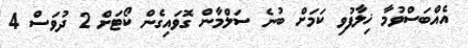
އެއްބަސްވުމާ ޚިލާފުވި ކަމަށް ބުނެ ސަލްމާން ގޮވައިގެން ކޯޓަށް 2 ދުވަސް 4